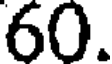
60.